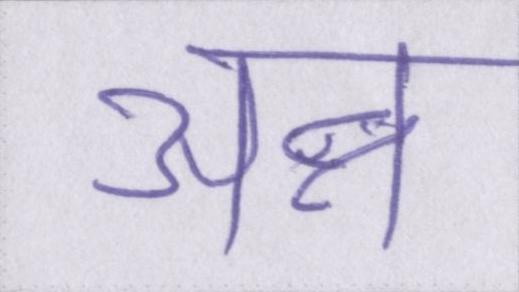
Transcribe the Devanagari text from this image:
अन्न